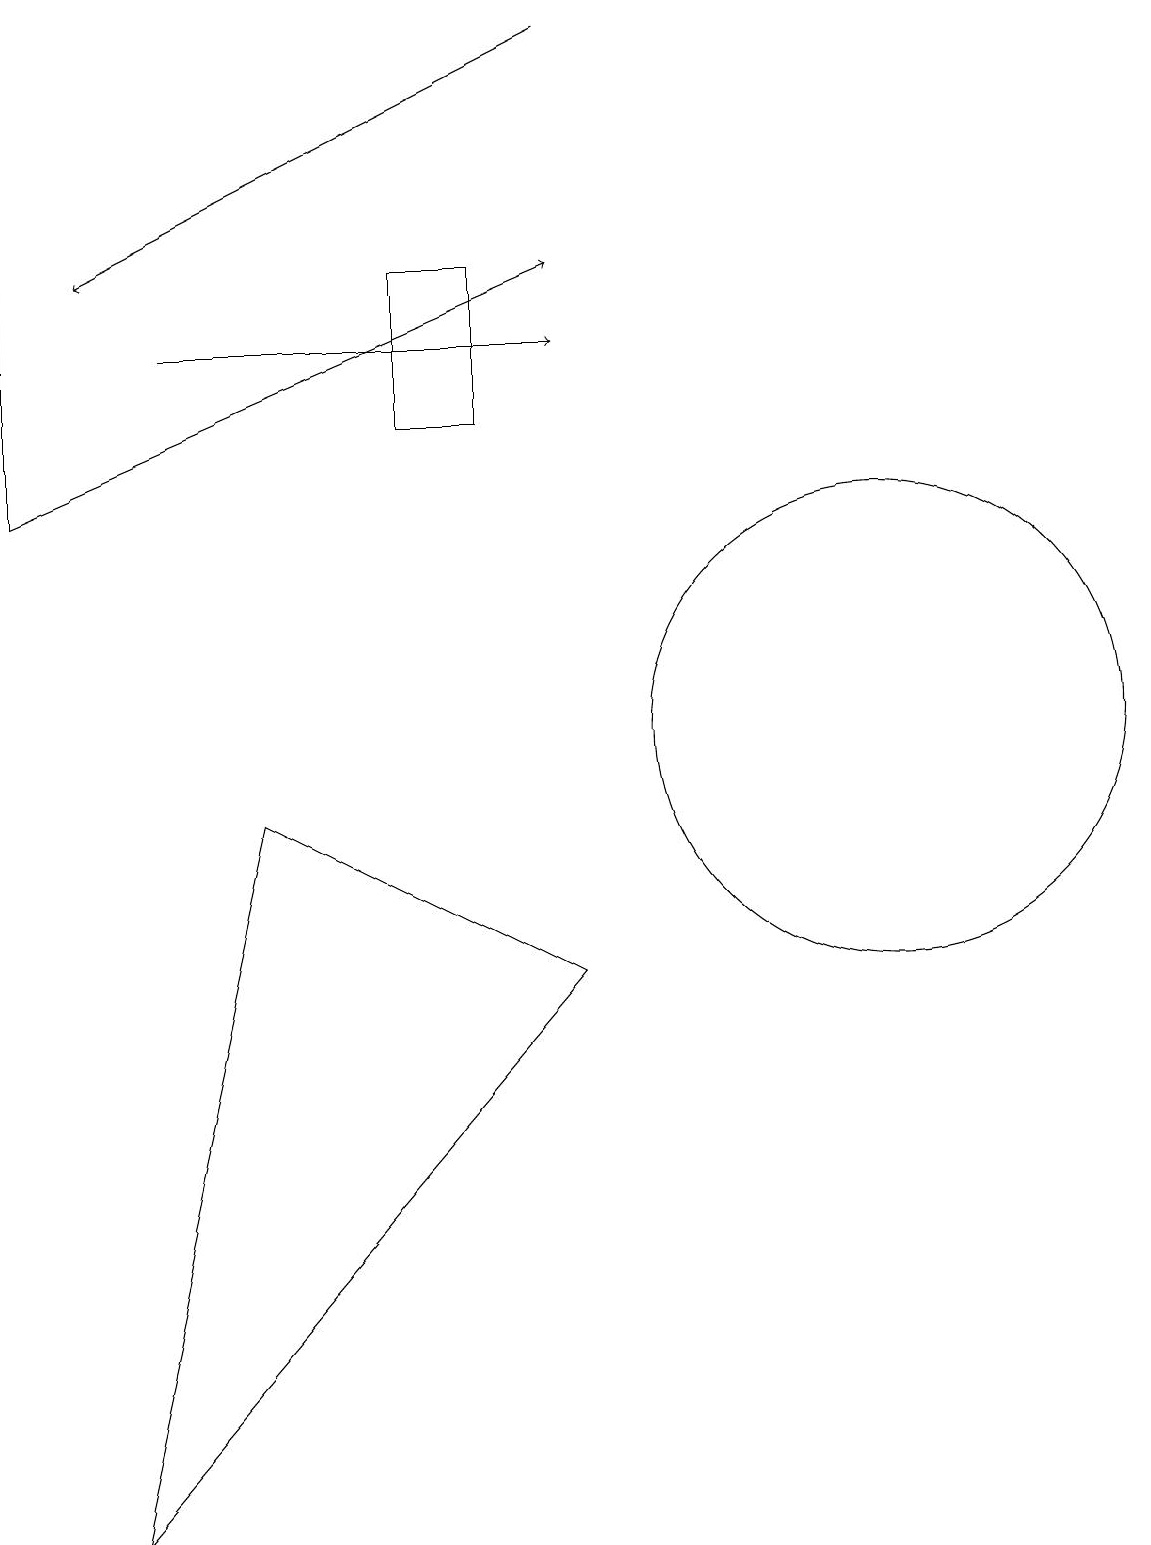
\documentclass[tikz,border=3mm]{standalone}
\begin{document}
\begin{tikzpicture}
\draw (11,10) circle (3);
\draw (6,16) rectangle (5,14);
\draw[->] (0,13) -- (7,16);
\draw (3,9) -- (7,7) -- (1,0) -- cycle;
\draw[->] (2,15) -- (7,15);
\draw[->] (7,19) -- (1,16);
\draw[->] (0,13) -- (0,18);
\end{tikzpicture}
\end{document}